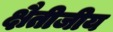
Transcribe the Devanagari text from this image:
क्षैतीजीय